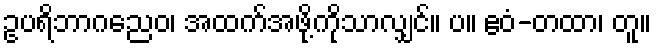
ဥပရိဘာဂညေဝ၊ အထက်အဖို့ကိုသာလျှင်။ ပ။ ဧဝံ-တထာ၊ တူ။